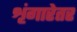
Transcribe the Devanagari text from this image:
शृंगारेतर